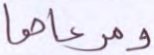
ومرعاها